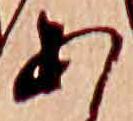
あ